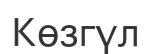
Көзгүл